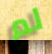
لم